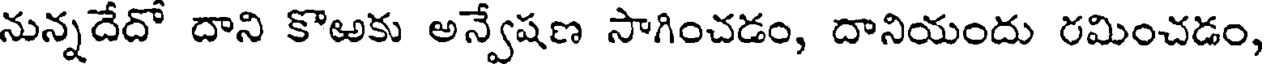
నున్నదేదో దాని కొఱకు అన్వేషణ సాగించడం, దానియందు రమించడం,